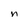
Character: n